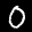
Label: 0